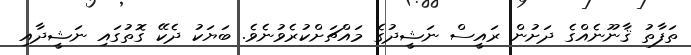
ތަފާތު ޤާނޫނެއްގެ ދަށުން ރައީސް ނަޝީދުގެ މައްޗަށްކުރެވުނެވެ. ބަޔަކު ދެކޭ ގޮތުގައި ނަޝީދާއި